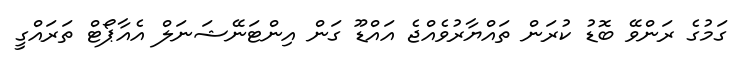
ގަމުގެ ރަންވޭ ބޮޑު ކުރަން ތައްޔާރުވެއްޖެ އައްޑޫ ގަން އިންޓަނޭޝަނަލް އެއާޕޯޓް ތަރައްގީ